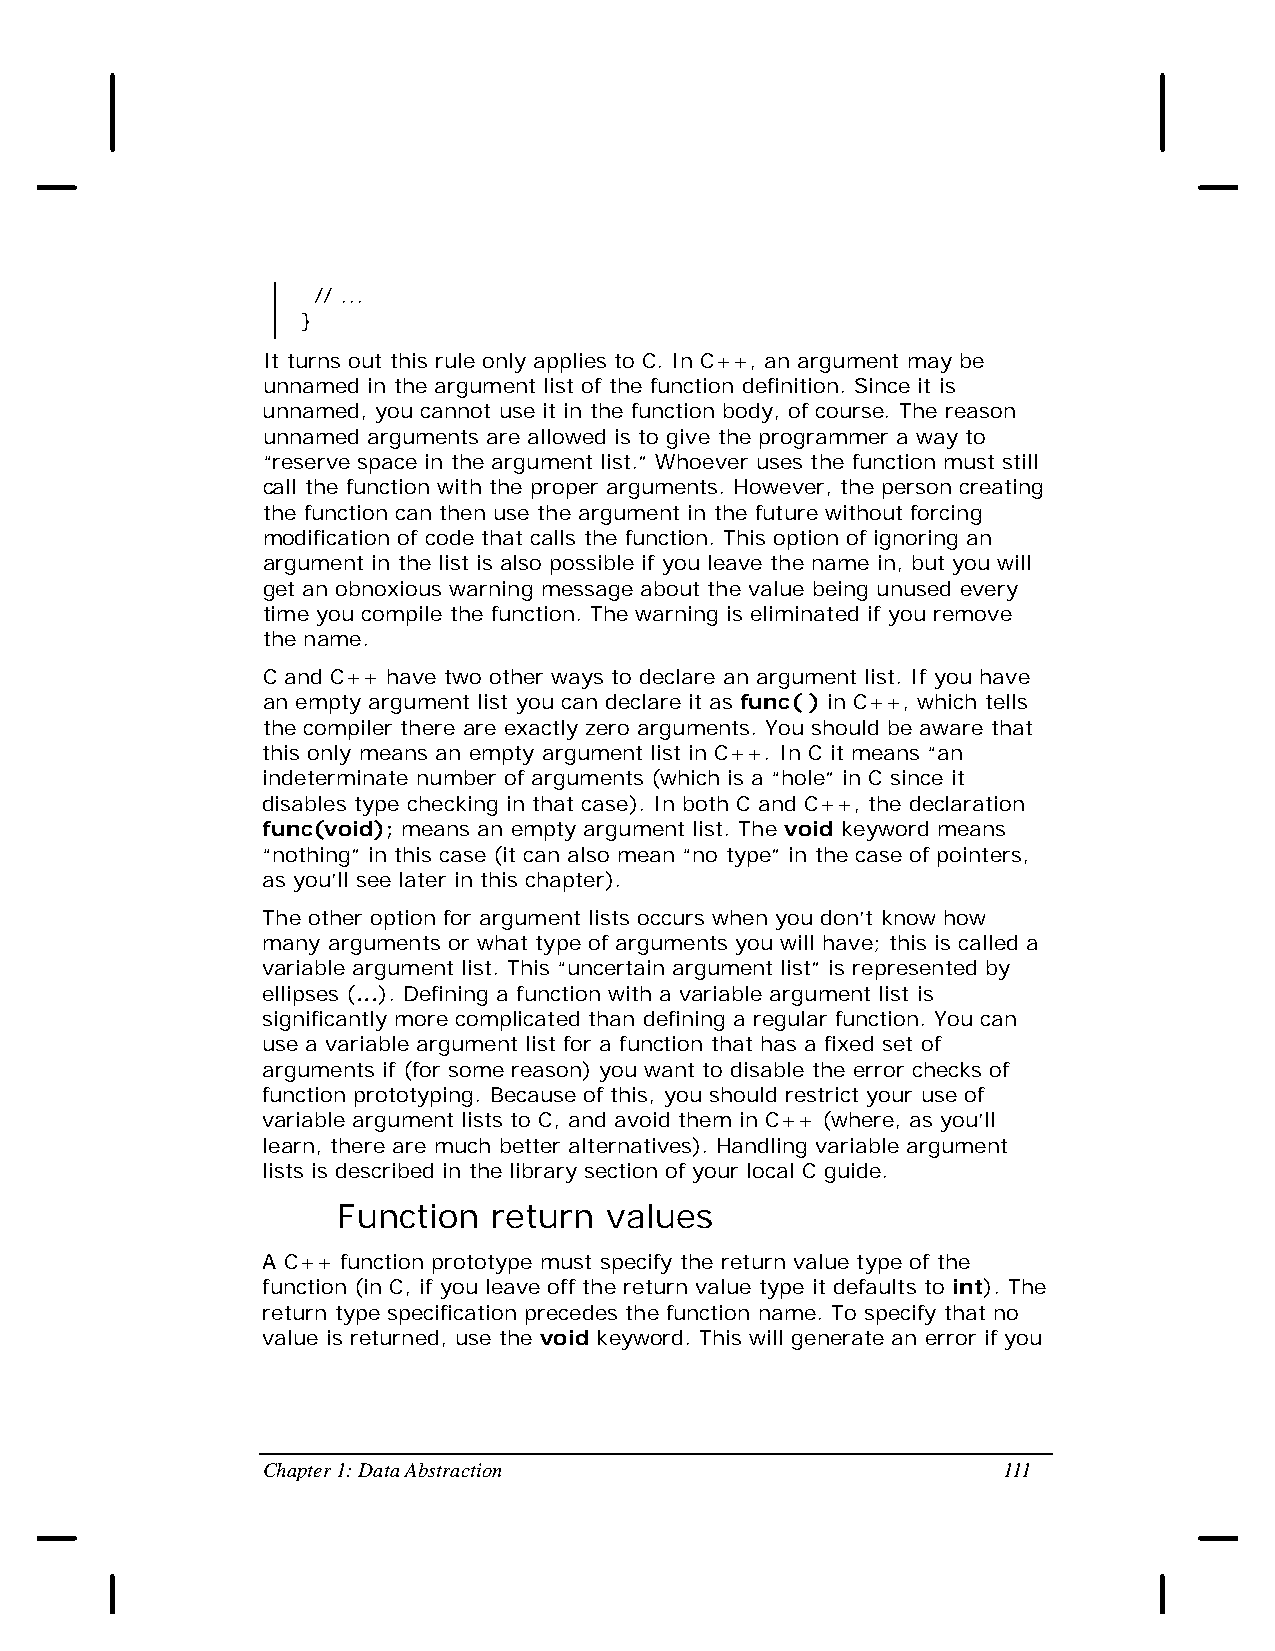
// ...
 }
 It turns out this rule only applies to C. In C++, an argument may be
 unnamed in the argument list of the function definition. Since it is
 unnamed, you cannot use it in the function body, of course. The reason
 unnamed arguments are allowed is to give the programmer a way to
 “reserve space in the argument list.” Whoever uses the function must still
 call the function with the proper arguments. However, the person creating
 the function can then use the argument in the future without forcing
 modification of code that calls the function. This option of ignoring an
 argument in the list is also possible if you leave the name in, but you will
 get an obnoxious warning message about the value being unused every
 time you compile the function. The warning is eliminated if you remove
 the name.
 C and C++ have two other ways to declare an argument list. If you have
 an empty argument list you can declare it as func( ) in C++, which tells
 the compiler there are exactly zero arguments. You should be aware that
 this only means an empty argument list in C++. In C it means “an
 indeterminate number of arguments (which is a “hole” in C since it
 disables type checking in that case). In both C and C++, the declaration
 func(void); means an empty argument list. The void keyword means
 “nothing” in this case (it can also mean “no type” in the case of pointers,
 as you’ll see later in this chapter).
 The other option for argument lists occurs when you don’t know how
 many arguments or what type of arguments you will have; this is called a
 variable argument list. This “uncertain argument list” is represented by
 ellipses (...). Defining a function with a variable argument list is
 significantly more complicated than defining a regular function. You can
 use a variable argument list for a function that has a fixed set of
 arguments if (for some reason) you want to disable the error checks of
 function prototyping. Because of this, you should restrict your use of
 variable argument lists to C, and avoid them in C++ (where, as you’ll
 learn, there are much better alternatives). Handling variable argument
 lists is described in the library section of your local C guide.
 Function   return values
 A C++ function prototype must specify the return value type of the
 function (in C, if you leave off the return value type it defaults to int). The
 return type specification precedes the function name. To specify that no
 value is returned, use the void keyword. This will generate an error if you
 Chapter 1: Data Abstraction                      111